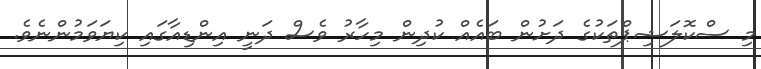
މި ސްކޮލަޝިޕްތަކުގެ ދަށުން ބައެއް ކުދިން މިހާރު ވެސް ދަނީ އިންޑިއާގައި ކިޔަވަމުންނެވެ.